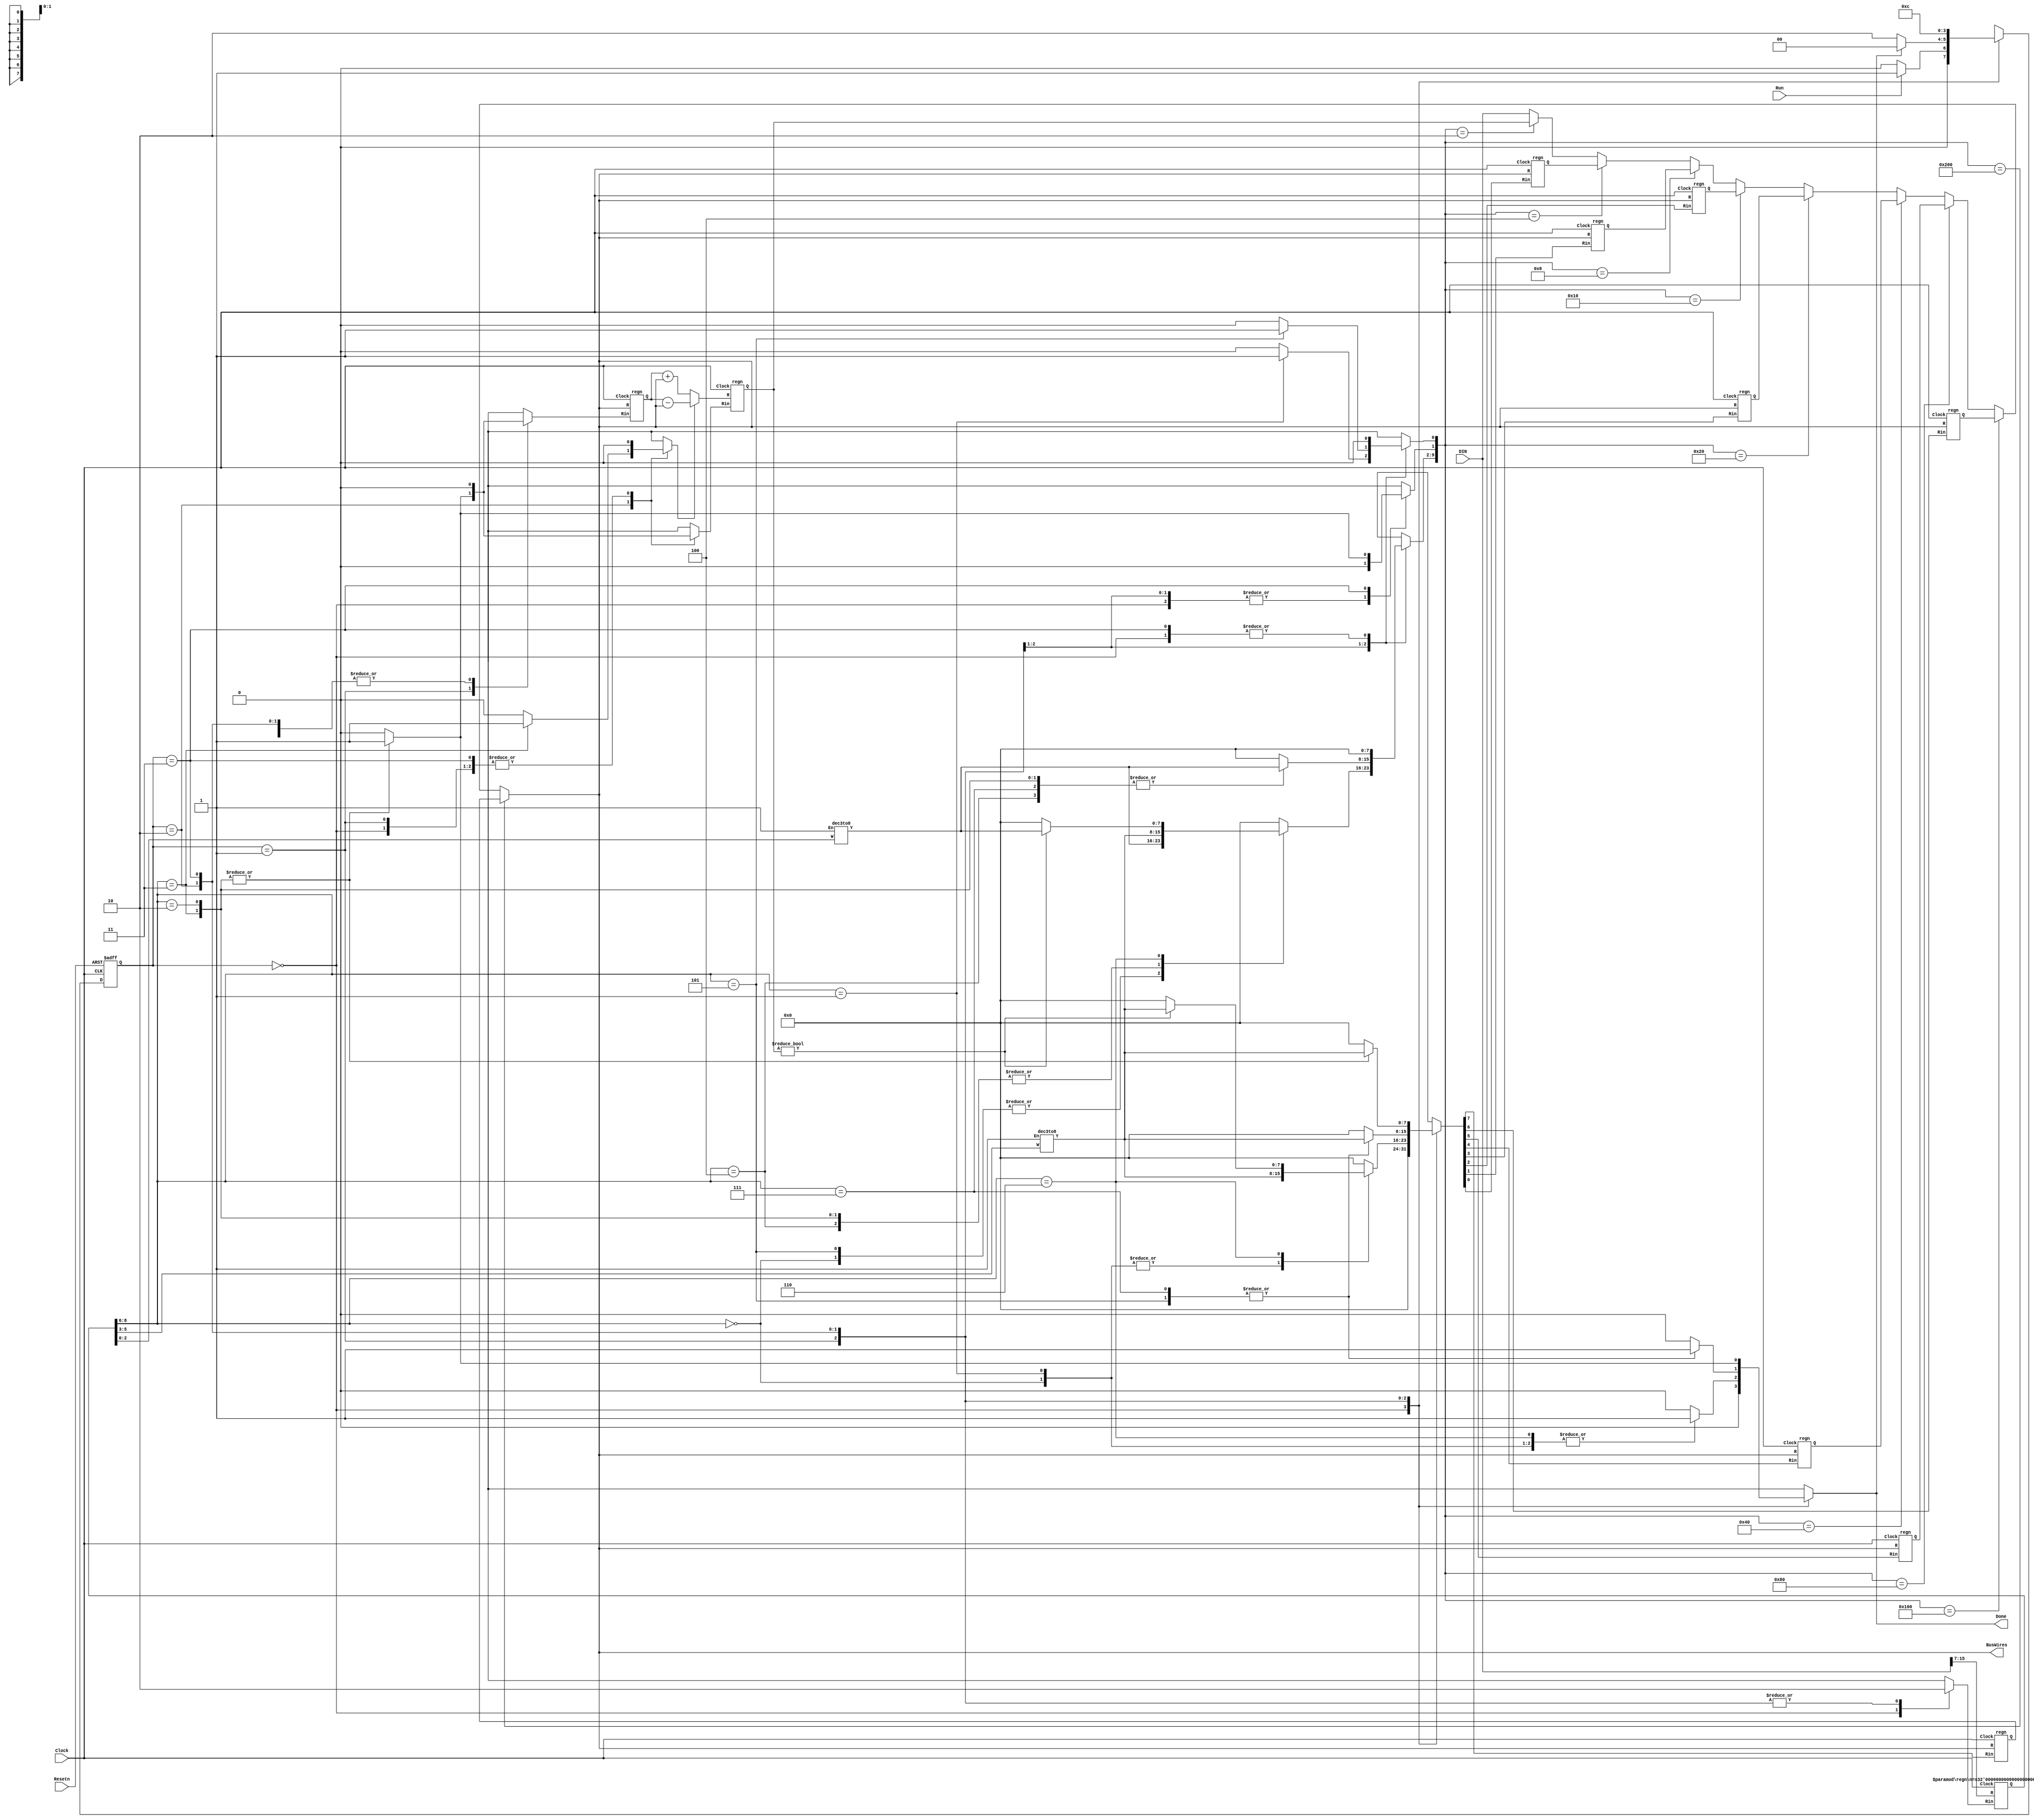

module proc(DIN, Resetn, Clock, Run, Done, BusWires);
	input [15:0] DIN;
	input Resetn, Clock, Run;
	output Done;
	output [15:0] BusWires;

	parameter T0 = 2'b00, T1 = 2'b01, T2 = 2'b10, T3 = 2'b11;
	reg [15:0] BusWires;
	reg [0:7] Rin, Rout;
	reg [15:0] Sum;
	reg IRin, Done, DINout, Ain, Gin, Gout, AddSub, ADDRin,incr_pc,W_D,DOUTin;
	reg [1:0] Tstep_Q, Tstep_D;
	wire [2:0] I;
	wire [0:7] Xreg, Yreg;
	wire [15:0] R0, R1, R2, R3, R4, R5, R6, R7, A, G;
	wire [1:9] IR;
	wire [1:10] Sel; 

	assign I = IR[1:3];
	dec3to8 decX (IR[4:6], 1'b1, Xreg);
	dec3to8 decY (IR[7:9], 1'b1, Yreg);

	always @(Tstep_Q, Run, Done)
	begin
		case (Tstep_Q)
			T0:
				if (~Run) Tstep_D = T0;
				else Tstep_D = T1;
	 		T1:
				if (Done) Tstep_D = T0;
				else Tstep_D = T2;
			T2: 
 				Tstep_D = T3;
			T3: 
 				Tstep_D = T0;
		endcase
	end
 					
	/* Komut Tablosu
	* 	000: mv		        Rx,Ry		: Rx <- [Ry]
	* 	001: mvi		Rx,#D		: Rx <- D
	* 	010: add		Rx,Ry		: Rx <- [Rx] + [Ry]
	* 	011: sub		Rx,Ry		: Rx <- [Rx] - [Ry]
	* 	OPCODE format: III XXX YYY,
	* 	III = Komut, XXX = Rx,ve YYY = Ry.  
	* 	
	*/
  	parameter mv = 4'b0000, mvi = 4'b0001, add = 4'b0010, sub = 4'b0011, storex=4'b0100,loadex=4'b0101,mvnzex=4'b0110,shftex=4'b0111,orex=4'b1000,andex=4'b1001;

	always @(Tstep_Q or I or Xreg or Yreg)
	begin
		Done = 1'b0; Ain = 1'b0; Gin = 1'b0; Gout = 1'b0; AddSub = 1'b0;
		IRin = 1'b0; DINout = 1'b0; Rin = 8'b0; Rout = 8'b0;ADDRin = 1'b0;
		incr_pc = 1'b0;W_D = 1'b0;
		case (Tstep_Q)
			T0: 
				begin
					IRin = 1'b1;
				end
			T1:   
				case (I)
					mv: 
					begin
						Rout = Yreg;
						Rin = Xreg;
						Done = 1'b1;
					end
					mvi: 
					begin

						DINout = 1'b1;
						Rin = Xreg; 
						Done = 1'b1;
					end
					add, sub: 
					begin
						Rout = Xreg;
						Ain = 1'b1;
					end
					loadex: // ld
					begin
						Rout = Yreg;
						ADDRin = 1'b1;
					end
					storex: // st
					begin
						Rout = Xreg;
						DOUTin = 1'b1;
					end
					mvnzex: // mvnz
					begin
						if (G != 0) begin
						Rout = Yreg;
						Rin = Xreg;
					end
					Done = 1'b1;
					end		
				endcase
			T2:   
				case (I)
					add: 
					begin
						Rout = Yreg;
						Gin = 1'b1;
					end
					sub: 
					begin
						Rout = Yreg;
						AddSub = 1'b1;
						Gin = 1'b1;
					end
					loadex: //ld 
					begin
						DINout = 1'b1;
						Rin = Xreg;
						Done = 1'b1;
					end
					storex: // st
					begin
						Rout = Yreg;
						ADDRin = 1'b1;
						W_D = 1'b1;
					end
					andex:
					begin
						Rout = Yreg;
						AddSub = 1'b1;
						Gin = 1'b1;
					end

					orex:
					begin
						Rout = Yreg;
						Gin = 1'b1;
					end
					shftex:
					begin
						Rout = Yreg;
						Rin = Xreg;
						Done = 1'b1;
					end
				endcase
			T3:  
				case (I)
					add, sub: 
					begin
						Gout = 1'b1;
						Rin = Xreg;
						Done = 1'b1;
					end
					
				endcase
		endcase
	end	


	always @(posedge Clock, negedge Resetn)
		if (!Resetn)
			Tstep_Q <= T0;
		else
			Tstep_Q <= Tstep_D;

	regn reg_0 (BusWires, Rin[0], Clock, R0);
	regn reg_1 (BusWires, Rin[1], Clock, R1);
	regn reg_2 (BusWires, Rin[2], Clock, R2);
	regn reg_3 (BusWires, Rin[3], Clock, R3);
	regn reg_4 (BusWires, Rin[4], Clock, R4);
	regn reg_5 (BusWires, Rin[5], Clock, R5);
	regn reg_6 (BusWires, Rin[6], Clock, R6);
	regn reg_7 (BusWires, Rin[7], Clock, R7);
	regn reg_A (BusWires, Ain, Clock, A);
	regn #(.n(9)) reg_IR (DIN[15:7], IRin, Clock, IR);

	//	alu
	always @(AddSub or A or BusWires)
		begin
		if (!AddSub)
			Sum = A + BusWires;
	    else
			Sum = A - BusWires;
		end
		always @(shftex or A or BusWires)
      		if (!shftex)begin
           		// A = {A[14:0],A[15]};
           		Sum = A < BusWires;
        	end	
 	
     	always @(andex or A or BusWires)
      		if (!andex)begin
          	 	// A = {A[14:0],A[15]};
           		Sum = A < BusWires;
       		end	
     	always @(orex or A or BusWires)
      		if (!orex)begin
           		// A = {A[14:0],A[15]};
           		Sum = A < BusWires;
        	end	      
     	always @(storex or A or BusWires)
		if (!storex)begin
	    		Sum = A < BusWires;
		end
     	always @(loadex or A or BusWires)
		if (!loadex)begin
	    		Sum = A < BusWires;
		end
   	always @(mvnzex or A or BusWires)
		if (!mvnzex)begin
	    		Sum = A < BusWires;
        	end
	regn reg_G (Sum, Gin, Clock, G);

	assign Sel = {Rout, Gout, DINout};

	always @(*)
	begin
		if (Sel == 10'b1000000000)
			BusWires = R0;
   	else if (Sel == 10'b0100000000)
			BusWires = R1;
		else if (Sel == 10'b0010000000)
			BusWires = R2;
		else if (Sel == 10'b0001000000)
			BusWires = R3;
		else if (Sel == 10'b0000100000)
			BusWires = R4;
		else if (Sel == 10'b0000010000)
			BusWires = R5;
		else if (Sel == 10'b0000001000)
			BusWires = R6;
		else if (Sel == 10'b0000000100)
			BusWires = R7;
		else if (Sel == 10'b0000000010)
			BusWires = G;
   	else BusWires = DIN;
	end	
endmodule

module dec3to8(W, En, Y);
	input [2:0] W;
	input En;
	output [0:7] Y;
	reg [0:7] Y;

	always @(W or En)
	begin
		if (En == 1)
			case (W)
				3'b000: Y = 8'b10000000;
	   	   3'b001: Y = 8'b01000000;
				3'b010: Y = 8'b00100000;
				3'b011: Y = 8'b00010000;
				3'b100: Y = 8'b00001000;
				3'b101: Y = 8'b00000100;
				3'b110: Y = 8'b00000010;
				3'b111: Y = 8'b00000001;
			endcase
		else 
			Y = 8'b00000000;
	end
endmodule

module regn(R, Rin, Clock, Q);
	parameter n = 16;
	input [n-1:0] R;
	input Rin, Clock;
	output [n-1:0] Q;
	reg [n-1:0] Q;

	always @(posedge Clock)
	 	if (Rin)
			Q <= R;
endmodule